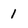
Character: 1